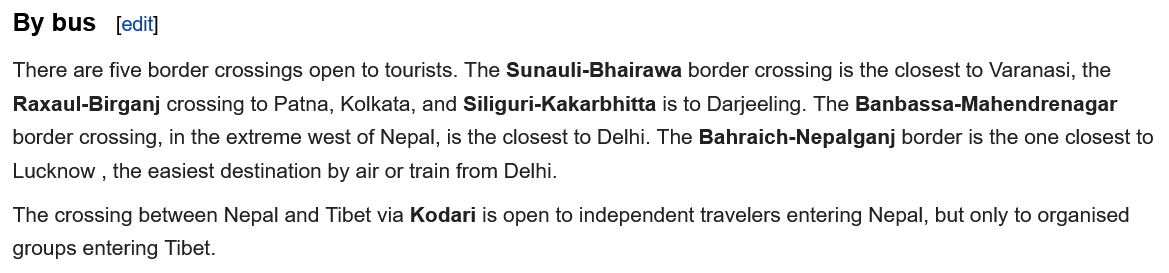
There are five border crossings open to tourists. The Sunauli-Bhairawa border crossing is the closest to Varanasi, the
  Raxaul-Birganj crossing to Patna, Kolkata, and Siliguri-Kakarbhitta is to Darjeeling. The Banbassa-Mahendrenagar
  border crossing, in the extreme west of Nepal, is the closest to Delhi. The Bahraich-Nepalganj border is the one closest to
  Lucknow , the easiest destination by air or train from Delhi.
  By bus   [edit]
  The crossing between Nepal and Tibet via Kodari is open to independent travelers entering Nepal, but only to organised
  groups entering Tibet.